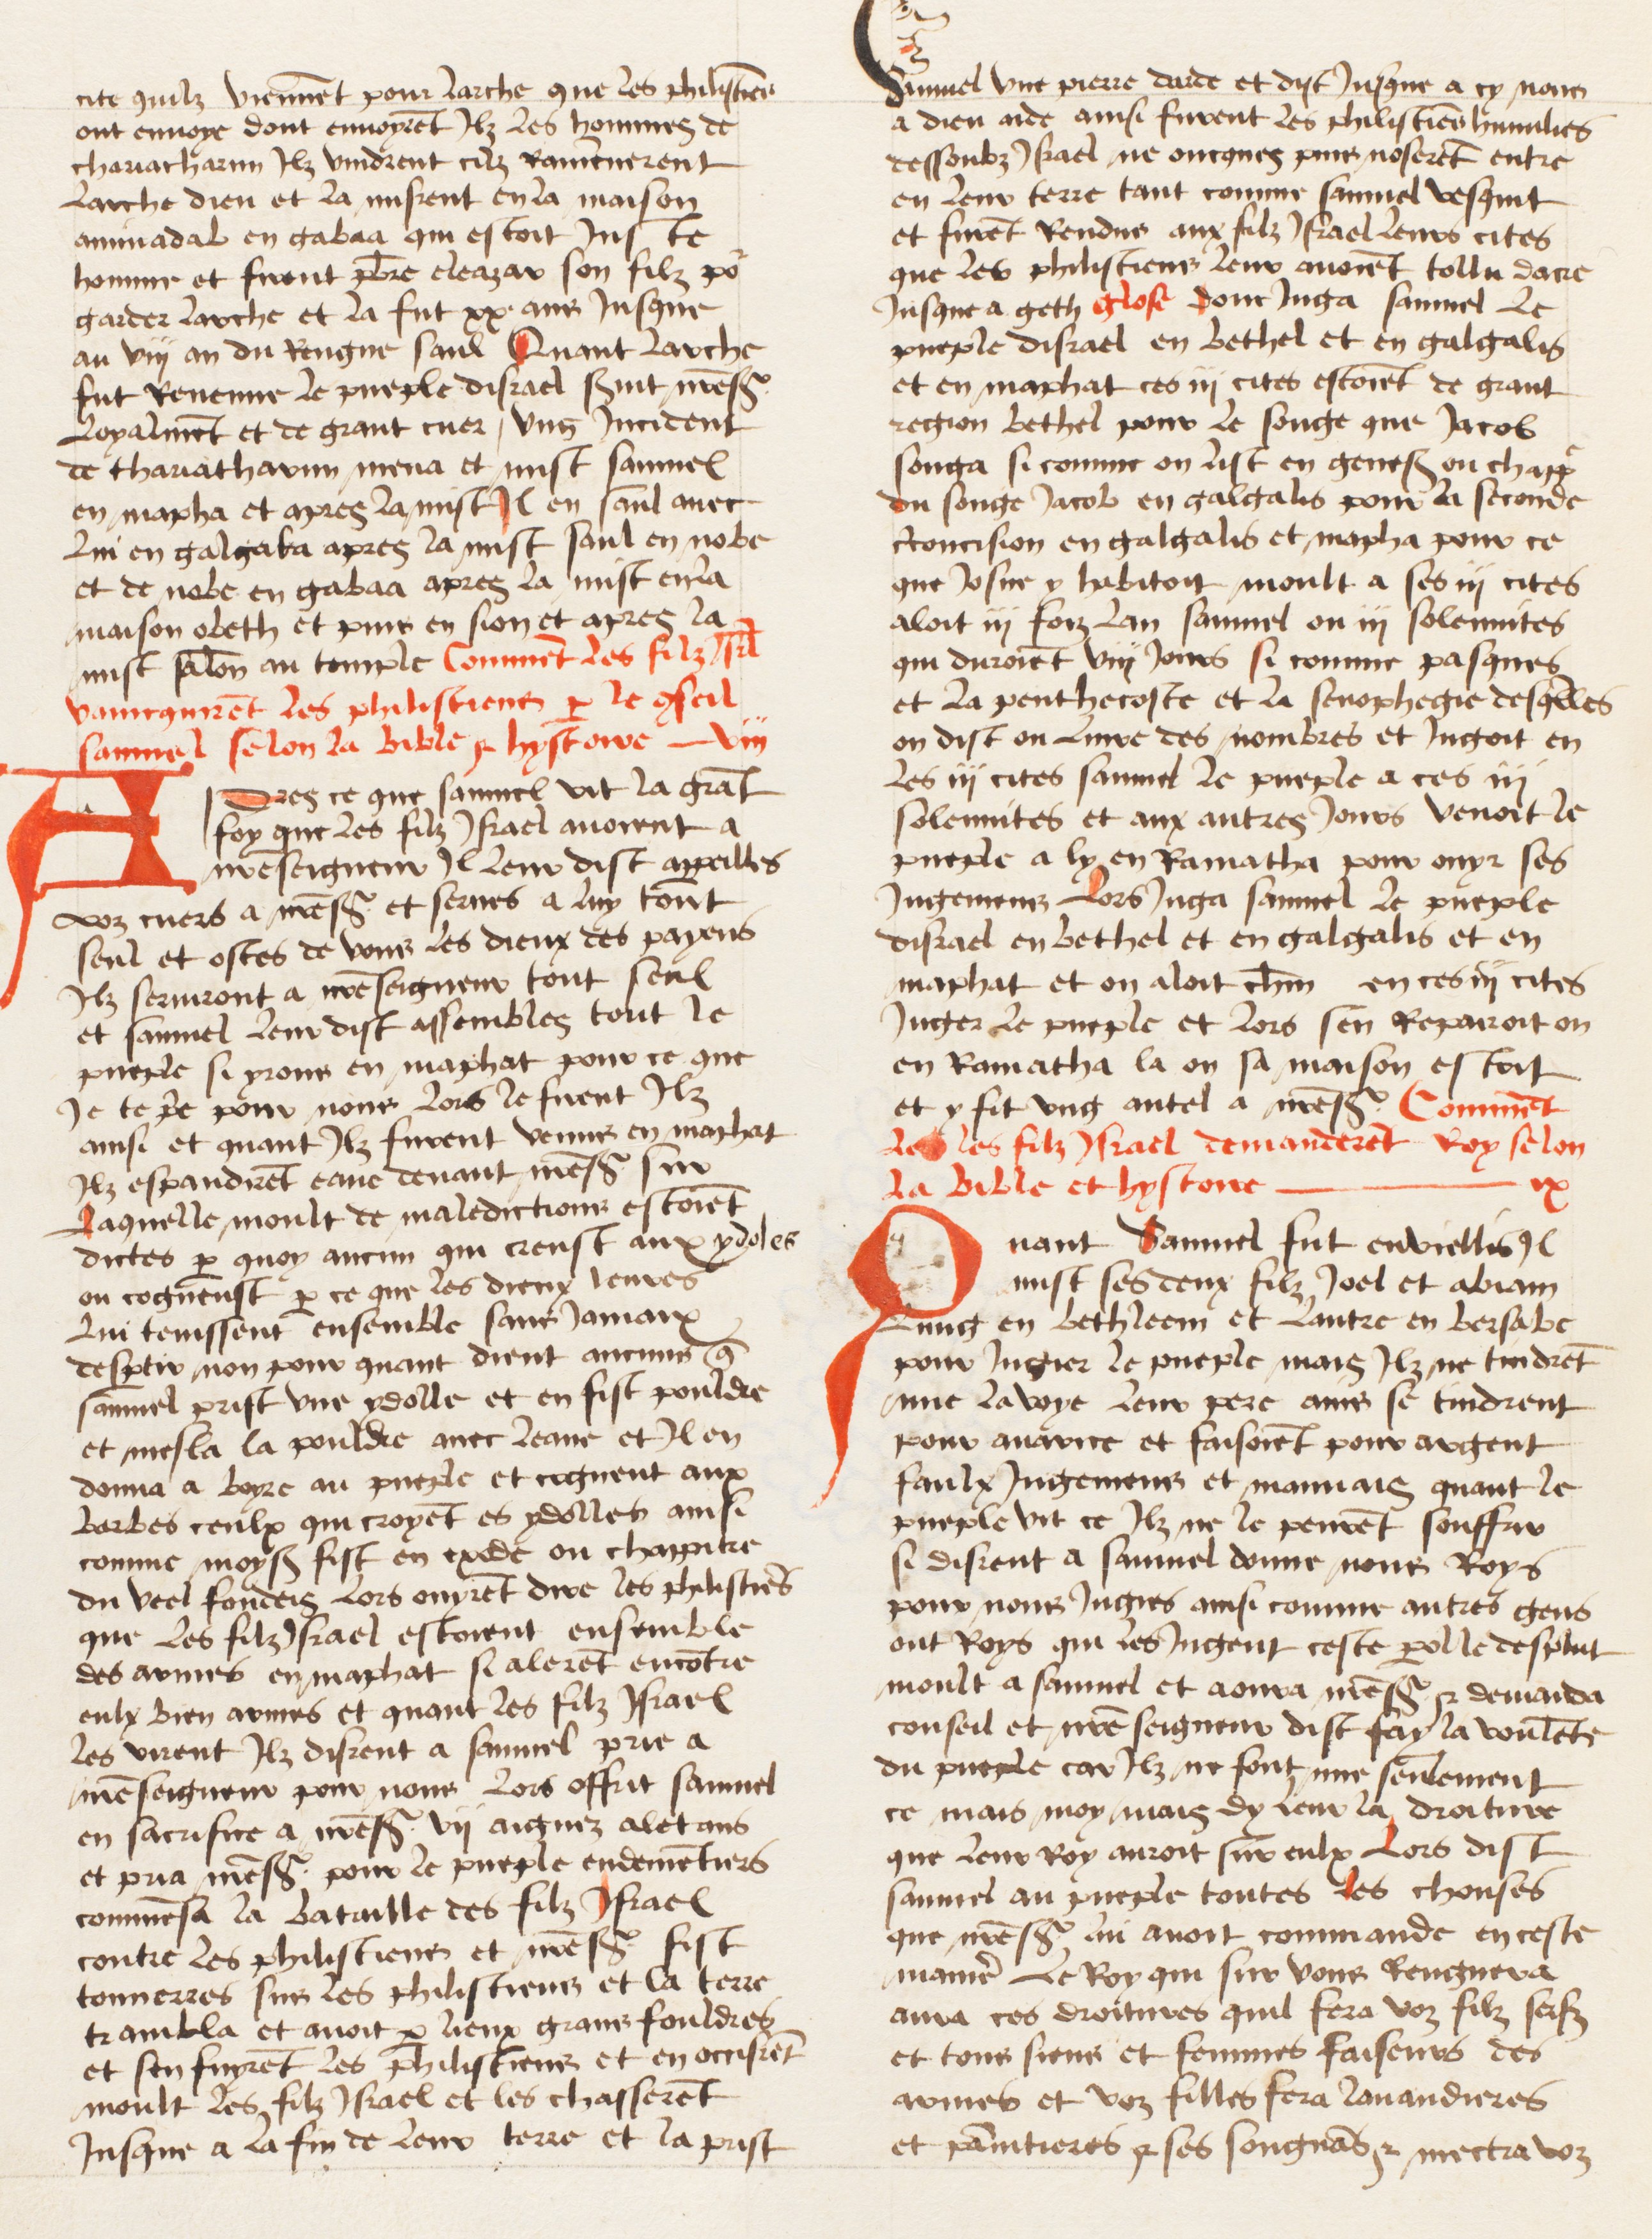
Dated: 1474–1474